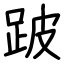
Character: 跛